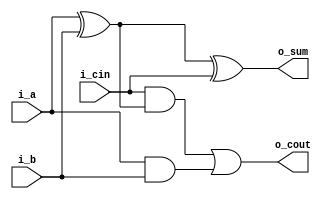
module full_adder (
    input   wire    i_a,
    input   wire    i_b,
    input   wire    i_cin,
    output  wire    o_sum,
    output  wire    o_cout
);

wire w_m;

assign w_m = i_a ^ i_b;
assign o_sum = w_m ^ i_cin;
assign o_cout = (i_cin & w_m) | (i_a & i_b);

endmodule


// module full_adder
// (
//   input   wire    i_a,
//   input   wire    i_b,
//   input   wire    i_cin,
//   output  wire    o_sum,
//   output  wire    o_cout
// );

// wire w_sum;
// wire w_cin_1, w_cin_2;

// half_adder  u_ha_1
// (
//   .i_a    	  (i_a),
//   .i_b      	(i_b),
//   .o_carry   (w_cin_1   ),
//   .o_sum     (w_sum   )
// );



// half_adder  u_ha_2
// (
//   .i_a       (w_sum   ),
//   .i_b       (i_cin),
//   .o_carry   (w_cin_2   ),
//   .o_sum     (o_sum   )
// );


// wire w_cout = w_cin_1 | w_cin_2;

// assign o_cout = w_cout;
// /*  
// wire w_m;
 
// assign w_m = i_a ^ i_b;
// assign o_sum  = w_m ^ i_cin;
// assign o_cout = (i_cin & w_m) | (i_a & i_b);
// */  
// endmodule